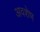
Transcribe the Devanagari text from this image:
अवशेष्‍ा